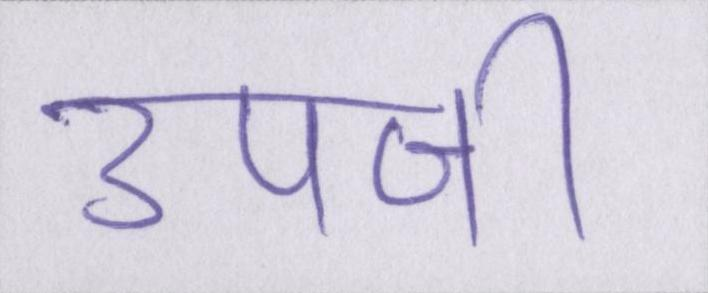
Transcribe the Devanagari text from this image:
उपजी